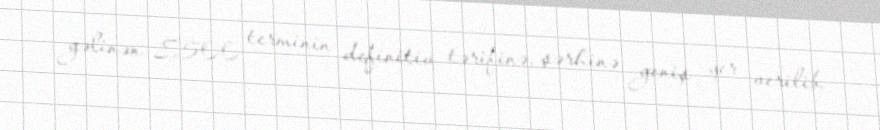
gəlinən 8500 terminin definitiv tərifinə, şərhinə geniş yer verilib.